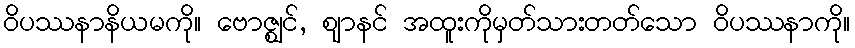
ဝိပဿနာနိယမကို။ ဗောဇ္ဈင်, ဈာနင် အထူးကိုမှတ်သားတတ်သော ဝိပဿနာကို။